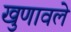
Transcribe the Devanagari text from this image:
खुणावले